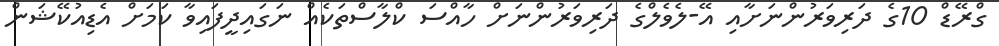
ގްރޭޑް 10ގެ ދަރިވަރުންނަށާއި އޭ-ލެވެލްގެ ދަރިވަރުންނަށް ހާއްސަ ކްލާސްތަކެއް ނަގައިދީފައިވާ ކަމަށް އެޑިއުކޭޝަން